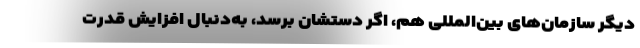
دیگر سازمان‌های بین‌المللی هم، اگر دستشان برسد، به‌دنبال افزایش قدرت